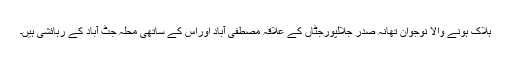
ہلاک ہونے والا نوجوان تھانہ صدر جلالپورجٹاں کے علاقہ مصطفی آباد اوراس کے ساتھی محلہ جٹ آباد کے رہائشی ہیں۔